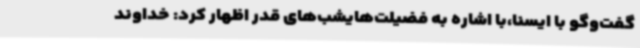
گفت‌وگو با ایسنا،با اشاره به فضیلت‌هایشب‌های قدر اظهار کرد: خداوند